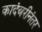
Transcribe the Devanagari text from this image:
कादंबरीनंतर